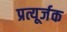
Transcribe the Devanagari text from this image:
प्रत्यूर्जक